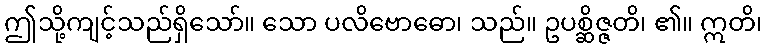
ဤသို့ကျင့်သည်ရှိသော်။ သော ပလိဗောဓော၊ သည်။ ဥပစ္ဆိဇ္ဇတိ၊ ၏။ ဣတိ၊